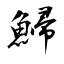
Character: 鯞